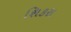
શિકરા